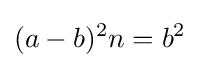
(a-b)^{2}n=b^{2}